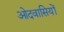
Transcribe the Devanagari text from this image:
ओदवासियों